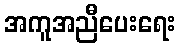
အကူအညီပေးရေး